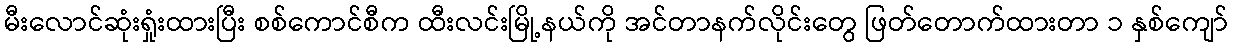
မီးလောင်ဆုံးရှုံးထားပြီး စစ်ကောင်စီက ထီးလင်းမြို့နယ်ကို အင်တာနက်လိုင်းတွေ ဖြတ်တောက်ထားတာ ၁ နှစ်ကျော်